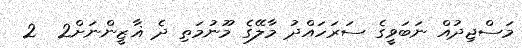
މަސްޖިދުއް ނަބަވީގެ ސަރަހައްދު މާލޭގެ މޫނުމަތި ދެ ޣާޒީންނަށް2  2